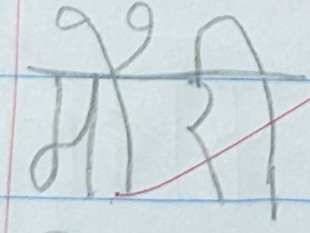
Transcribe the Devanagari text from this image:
मौरी